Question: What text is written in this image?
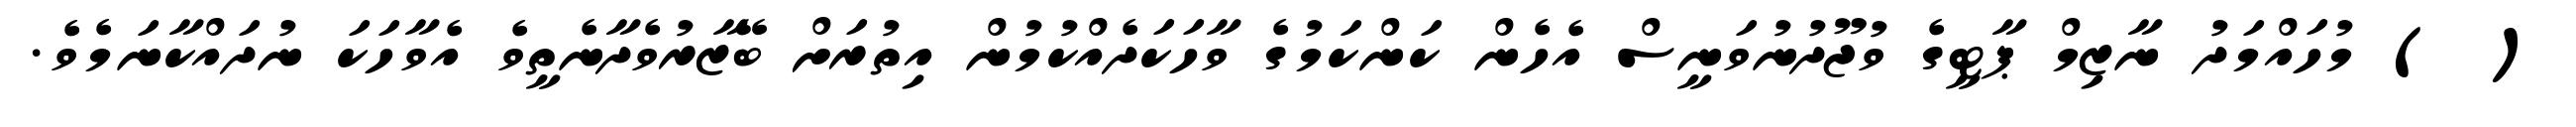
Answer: ( ) މުހައްމަދު ނާޒިމް ޕާޓީގެ ވުޖޫދުނުވަނީސް އެހެން ކަންކަމުގެ ވާހަކަދެއްކުމުން އިތުރަށް ބޭޒާރުވެދާނެތީވެ އެވާހަކަ ނުދައްކާނަމެވެ.